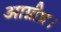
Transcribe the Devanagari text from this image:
आग्नीध्र।